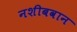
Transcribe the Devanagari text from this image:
नशीबवान